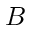
B